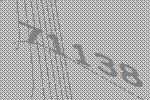
71138